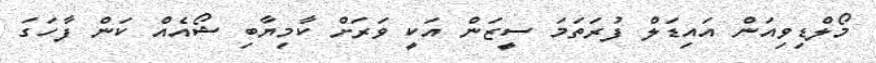
މޯލްޑިވިއަން އައިޑަލް ފުރަތަމަ ސީޒަން އަކީ ވަރަށް ކާމިޔާބި ޝޯއެއް ކަން ފާހަގަ